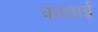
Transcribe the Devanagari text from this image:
काताई